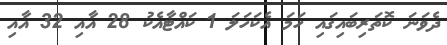
ދެވަނަ ކޮތަރިބައިގައި ހަމަ އެކަހަލަ 1 ކައްޓާއެކު 28 އާއި 32 އާއި